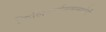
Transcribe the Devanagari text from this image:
फिलिपाईनसमध्येही